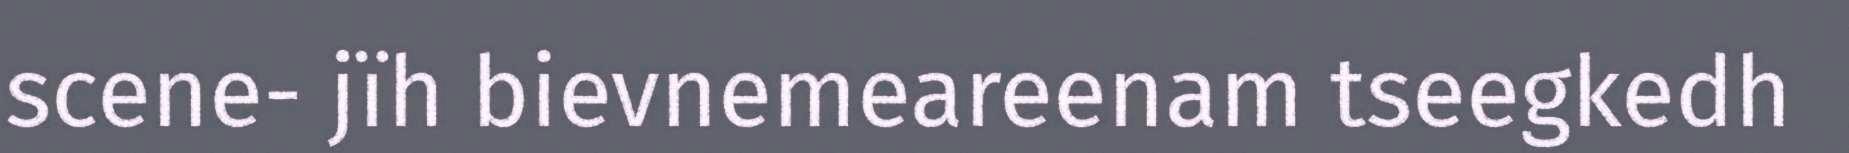
scene- jïh bievnemeareenam tseegkedh